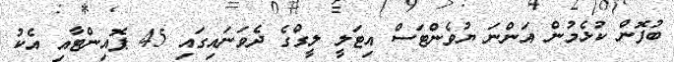
ބުފޮން ކުޅެމުން އަންނަ ޔުވެންޓަސް އިޓަލީ ލީގްގެ ދެވަނައިގައި 45 ޕޮއިންޓާއި އެކު